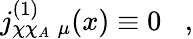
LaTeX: j_{\chi\chi_{A}\; \mu}^{(1)}(x)\equiv 0\; \; \; ,